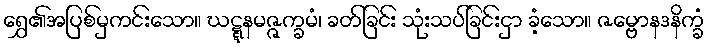
ရွှေ၏အပြစ်မှကင်းသော။ ဃဋ္ဋနမဇ္ဇက္ခမံ၊ ခတ်ခြင်း သုံးသပ်ခြင်းငှာ ခံ့သော။ ဇမ္ဗောနဒနိက္ခံ